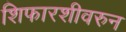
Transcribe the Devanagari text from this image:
शिफारशीवरुन